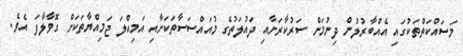
މަސައްކަތްތަކުގައި އެއްބާރުލުން ދިނުމަށް ސަރުކާރަށާއި ދައުލަތުގެ މުއައްސަސާތަކަށާއި އަމިއްލަ ޖަމިއްޔާތަކަށް ގޮވާލާފަ އެވެ.